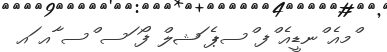
ްމއެ ްނޑީއެ ްފ ްސޕެ ަޝލް ފޯ ަސ ްސ ާއ ައ